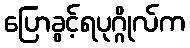
ပြောခွင့်ရပုဂ္ဂိုလ်က